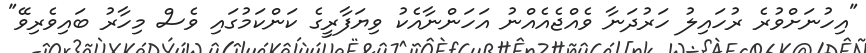
"އިހުނަށްވުރެ ރުހައިލު ހަރުދަނާ ވެއްޖެއެއްނު އަހަންނާއެކު ވިޔަފާރީގެ ކަންކަމުގައި ވެސް މިހާރު ބައިވެރިވޭ"